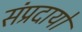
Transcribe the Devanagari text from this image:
संप्रदायो